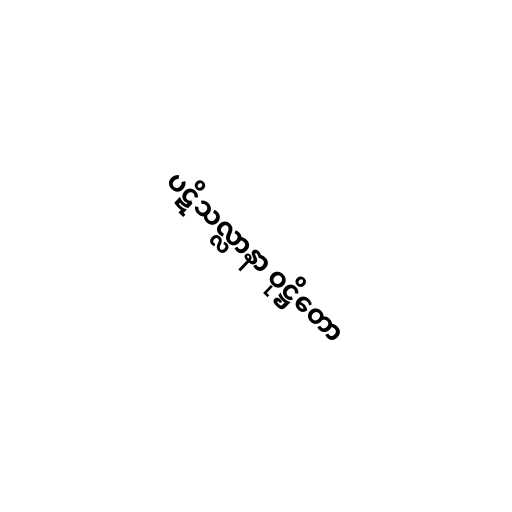
ပဋိသလ္လာနာ ဝုဋ္ဌိတော